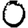
Digit: 0